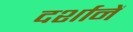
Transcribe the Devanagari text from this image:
दर्शानें